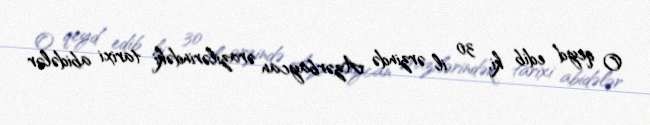
O qeyd edib ki, 30 il ərzində Azərbaycan ərazilərindəki tarixi abidələr